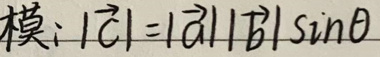
模: \(|\vec{c}| = |\vec{a}||\vec{b}|\sin\theta\)